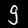
Label: 9